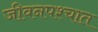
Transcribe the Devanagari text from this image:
जीवनपश्चात